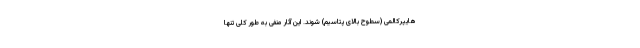
هایپرکالمی (سطوح بالای پتاسیم) شوند. این آثار منفی به طور کلی تنها